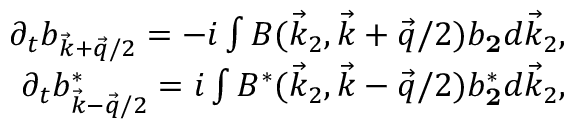
\begin{array} { r } { \partial _ { t } b _ { \vec { k } + \vec { q } / 2 } = - i \int B ( \vec { k } _ { 2 } , \vec { k } + \vec { q } / 2 ) b _ { \mathbf 2 } d \vec { k } _ { 2 } , } \\ { \partial _ { t } b _ { \vec { k } - \vec { q } / 2 } ^ { * } = i \int B ^ { * } ( \vec { k } _ { 2 } , \vec { k } - \vec { q } / 2 ) b _ { \mathbf 2 } ^ { * } d \vec { k } _ { 2 } , } \end{array}